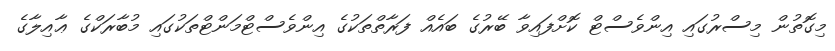
މިގޮތުން މިސްރުގައި އިންވެސްޓް ކޮށްފައިވާ ބޭރުގެ ބައެއް ފަރާތްތަކުގެ އިންވެސްޓްމަންޓްތަކުގައި މުބާރަކްގެ ޢާއިލާގެ